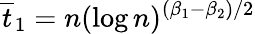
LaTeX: \overline{{t}}_{1}=n(\log n)^{(\beta_{1}-\beta_{2})/2}